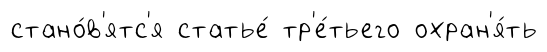
стано́в'ятс'я статье́ тр'е́тьего охран'я́ть